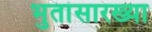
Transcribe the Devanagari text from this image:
भुतांसारख्या